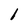
Character: 1